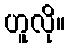
ဟူလို။